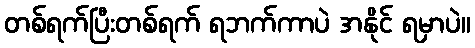
တစ်ရက်ပြီးတစ်ရက် ရဘက်ကာပဲ အနိုင် ရမှာပဲ။